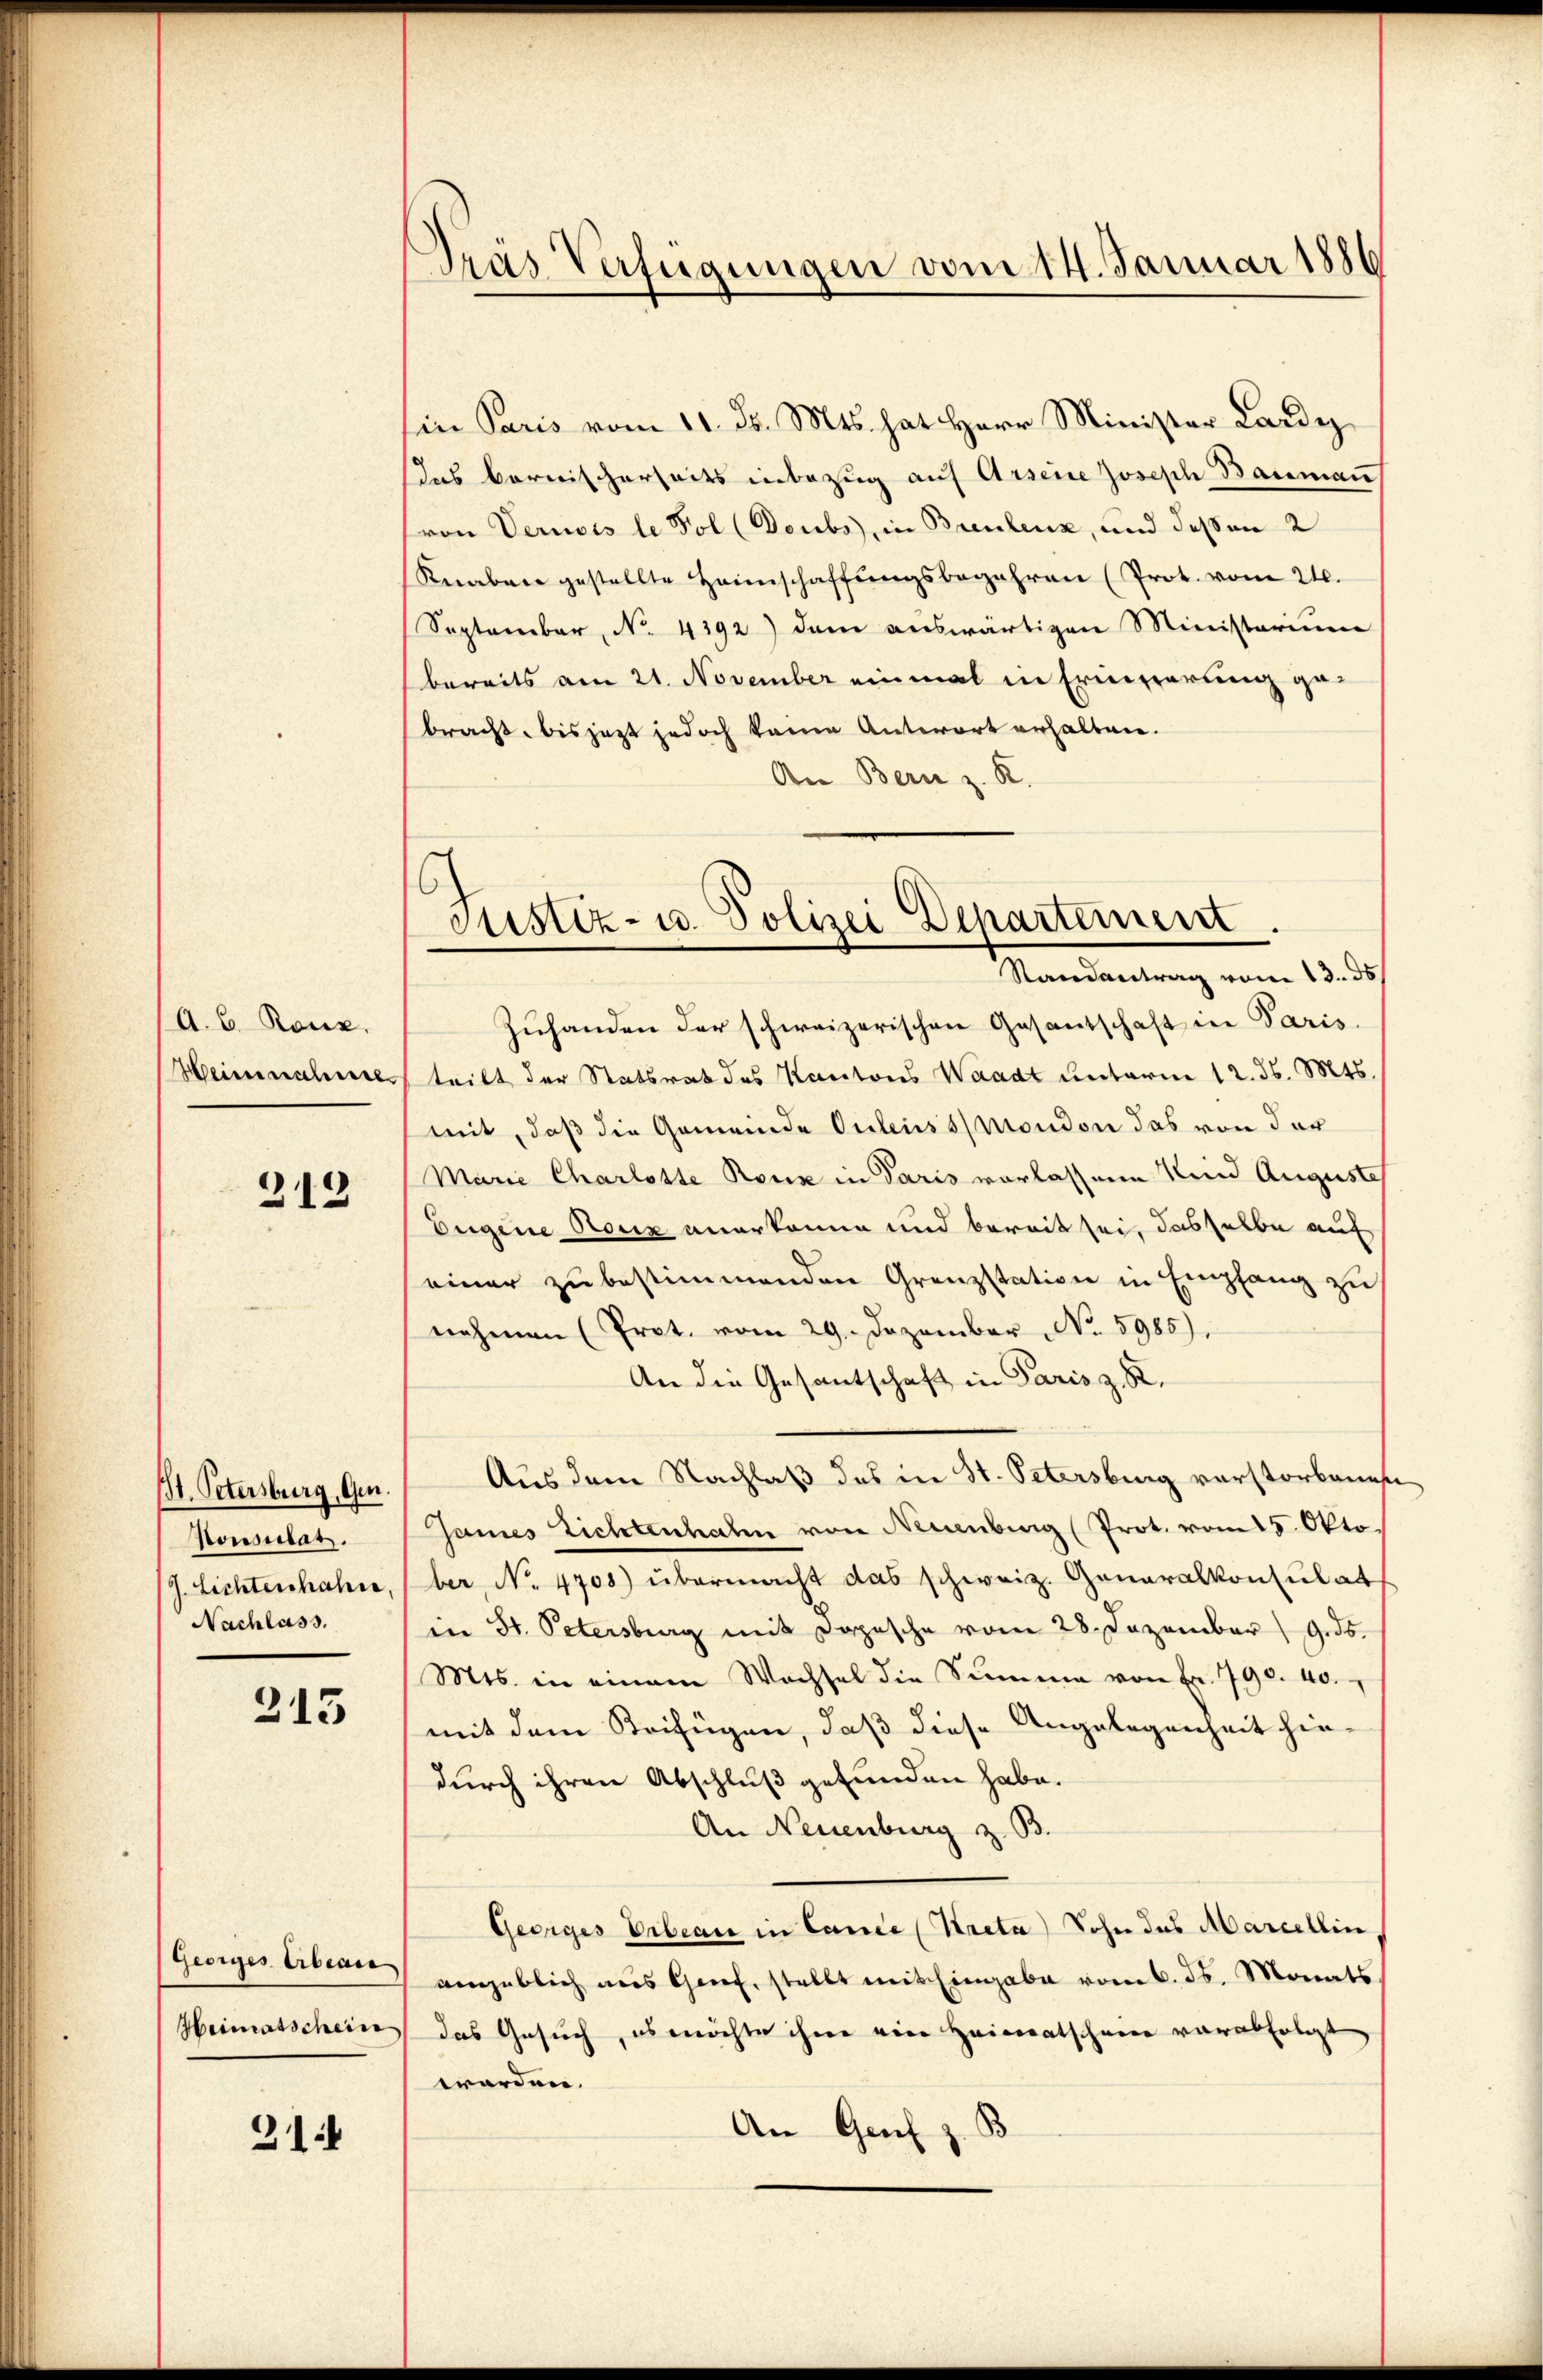
A. B. Ronz.
Heine nachse

313

St. Petersburg, Gen.
Konsulat.
J. Lichtenhahne,
Nachlass.

313

Georges Erbeare
Heimatschein

31

Pras Verfügungen vom 14. Januar 1886

Justiz- u. Polizei Departement.
Randantrag vom 13. ds.

sin Paris vom 11. d. Mts. hat Herr Minister Lardy,
das Bernischerheits inbezug auf Arseine Joseph Bauman
(von Veruois le Fol (Doubs, in Breulenz, und dessen 2
Knaben gestellte Heimschaffŭngsbegehren (Prot. vom 21.
September, No. 4392) dem auswärtigen Ministerium
bereits am 21. November einmal in Erinnerung gebracht, bis jetzt jedoch keine Antwort erhalten.
An Bern z. R.
Zŭhanden der schweizerischen Gesantschaft in Paris.
teilt der Statsrat des Kantons Waadt unterm 12. d. Mts.
mit, daß die Gemeinde Ouleuss Mondon das von der
(Marie Charlotte Roux in Paris vorlassene Kind Auguste
Eugine Roux anerkanne und bereit sei, dasselbe auf
einer zu bestimmenden Grenzstation in Empfang zu
nehmen (Prot. vom 29. Dezember No. 5985),
An die Gesantschaft in Paris z. B.
Aus dem Nachlaß das in St. Petersburg verstorbenen
James Lichtenhahn von Neuenburg (Prot. vom 15. Okto
ber, No. 4708) übermacht das schweiz. Generalkonsulat
in St. Petersburg mit Dopische vom 28. Dezember ds.
Mts. in einem Wachsel die Summe von Fr. 1790. 40.
mit dem Beifügen, daß diese Angelegenheit hin-
durch ihren Abschluß gefunden habe.
An Neuenburg z. B.
Georges Erbeau in Cance (Kreta) Sohn das Marcellin,
angeblich aus Grief, stellt mit Eingabe vom 6. ds. Monats
das Gesuch, es möchte ihre eine Heimatscheine verabfolgt
werden.
An Genf z. B.